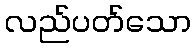
လည်ပတ်သော